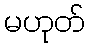
မဟုတ်